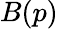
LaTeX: B(p)